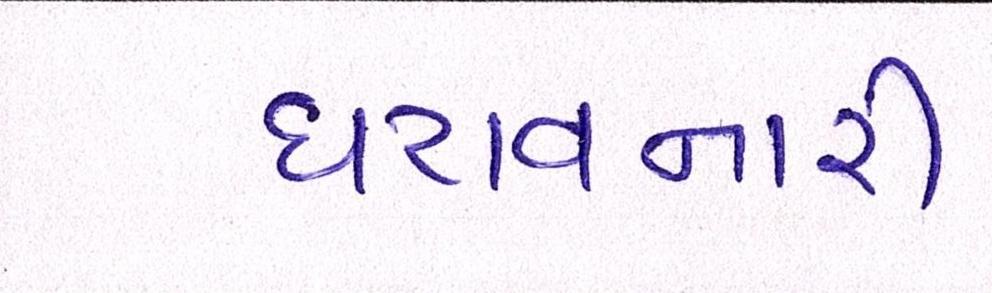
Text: ધરાવનારી